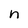
Character: n